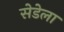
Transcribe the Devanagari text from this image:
सेडेला